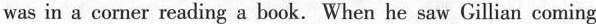
was in a corner reading a book. When he saw Gillian coming